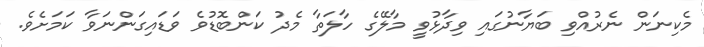
މެކިނަން ނެރުއްވި ބަޔާނުގައި ވިދާޅުވީ މާލޭގެ ހާލަތާ މެދު ކަންބޮޑުވެ ވަޑައިގަންނަވާ ކަމަށެވެ.